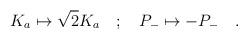
LaTeX: \begin{align*}K_a\mapsto \sqrt{2}K_a\quad ;\quad P_{-}\mapsto -P_{-}\quad.\end{align*}